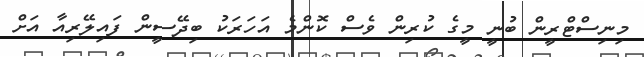
މިނިސްޓްރީން ބުނީ މީގެ ކުރިން ވެސް ކޮންމެ އަހަރަކު ބިދޭސީން ފައިލޭރިއާ އަށް